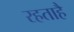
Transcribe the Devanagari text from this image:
रहताहै